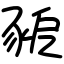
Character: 豟